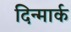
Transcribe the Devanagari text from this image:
दिन्मार्क